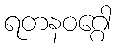
ရတနဝဂ္ဂေါ